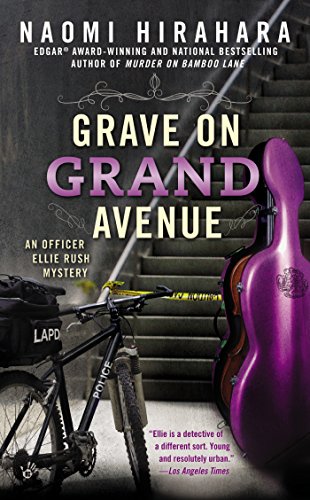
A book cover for Grave on Grand Avenue (An Officer Ellie Rush Mystery); Naomi Hirahara; Literature & Fiction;